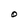
Character: O